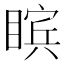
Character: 𪾸